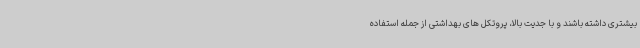
بیشتری داشته باشند و با جدیت بالا، پروتکل های بهداشتی از جمله استفاده